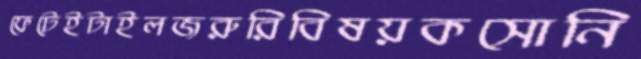
ফেটেইটাইলজরুরিবিষয়কসোনি